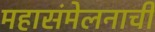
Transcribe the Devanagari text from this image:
महासंमेलनाची